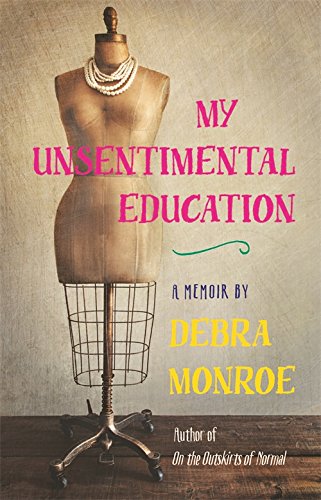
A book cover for My Unsentimental Education (Crux: The Georgia Series in Literary Nonfiction); Debra Monroe; Parenting & Relationships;